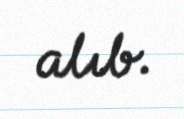
alıb.